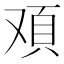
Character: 𩑌